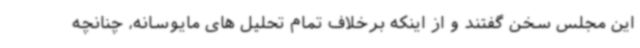
این مجلس سخن گفتند و از اینکه برخلاف تمام تحلیل های مایوسانه، چنانچه